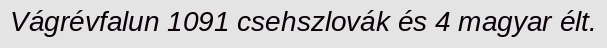
Vágrévfalun 1091 csehszlovák és 4 magyar élt.